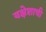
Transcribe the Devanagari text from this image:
यक्षेशाची